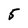
Character: 5